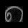
Digit: ၈